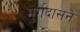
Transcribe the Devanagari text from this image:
मुर्गदासने